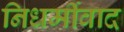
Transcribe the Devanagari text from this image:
निधर्मीवाद